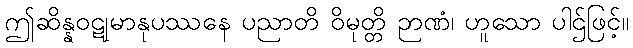
ဤဆိန္နဝဋုမာနုပဿနေ ပညာတိ ဝိမုတ္တိ ဉာဏံ၊ ဟူသော ပါဌ်ဖြင့်။